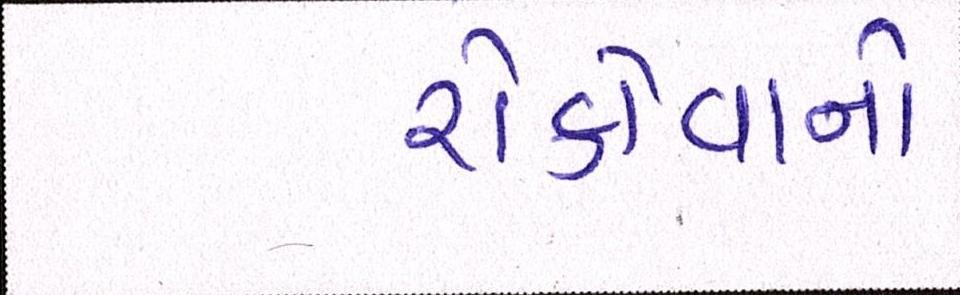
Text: રોકોવાનો